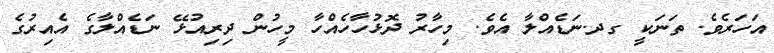
އަހަރެވެ. ތަނަކީ ގދ.ނަޑެއްލާ އެވެ. މިހާރު ދޮޅުހާހެއްހާ މީހުން ދިރިއުޅޭ ނަޑެއްލާގެ އެއިރުގެ